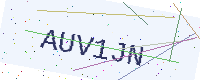
Text: AUV1JN